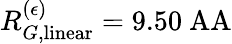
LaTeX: R_{G,\mathrm{linear}}^{(\epsilon)}=9.50\mathrm{\ AA}